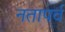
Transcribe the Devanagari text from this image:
नतापर्व